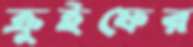
ক্রুইফের